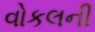
વોકલની